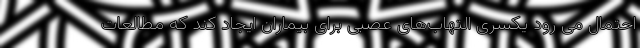
احتمال می رود یکسری التهاب‌های عصبی برای بیماران ایجاد کند که مطالعات